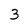
Character: 3